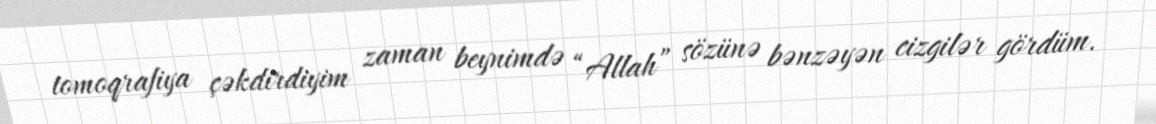
tomoqrafiya çəkdirdiyim zaman beynimdə “Allah” sözünə bənzəyən cizgilər gördüm.